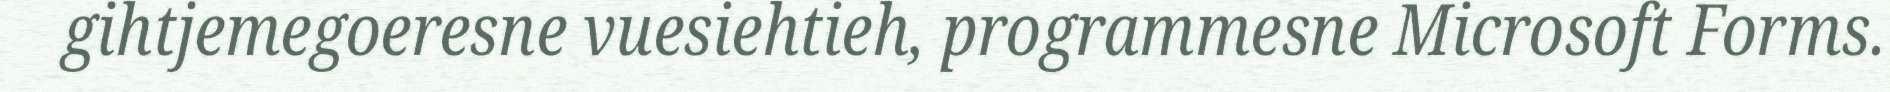
gihtjemegoeresne vuesiehtieh, programmesne Microsoft Forms.